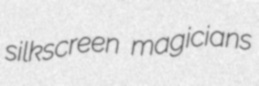
silkscreen magicians